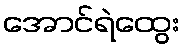
အောင်ရဲထွေး